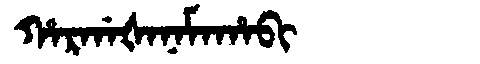
Manchu: ᡥᠠᡵᡤᠠᡧᠠᠨᠠᠮᠠᡥᠠᠪᡳ
Romanization: HARGAŠANAMAHABI